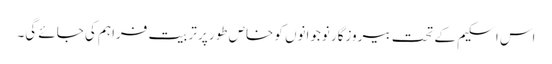
اس اسکیم کے تحت بیروزگار نوجوانوں کو خاص طور پر تربیت فراہم کی جائے گی۔